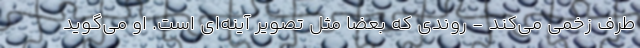
طرف زخمی می‌کند - روندی که بعضا مثل تصویر آینه‌ای است. او می‌گوید